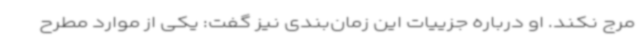
مرج نکند. او درباره جزییات این زمان‌بندی نیز گفت: یکی از موارد مطرح